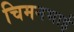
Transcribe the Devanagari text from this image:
चिमनभाई